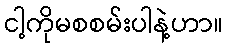
ငါ့ကိုမစစမ်းပါနဲ့ဟာ။